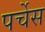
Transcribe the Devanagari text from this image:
पर्चेस